Indian journal of veterinary science and animal husbandry - Volume 7,
Year: 1937
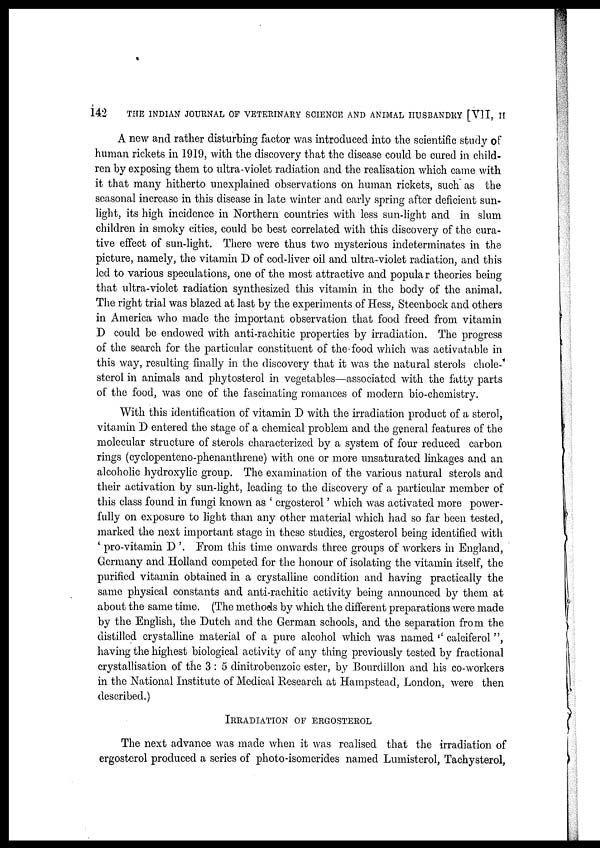
142 THE INDIAN JOURNAL OF VETERINARY SCIENCE AND ANIMAL HUSBANDRY [VII, II
A new and rather disturbing factor was introduced into the scientific study of
human rickets in 1919, with the discovery that the disease could be cured in child-
ren by exposing them to ultra-violet radiation and the realisation which came with
it that many hitherto unexplained observations on human rickets, such as the
seasonal increase in this disease in late winter and early spring after deficient sun-
light, its high incidence in Northern countries with less sun-light and in slum
children in smoky cities, could be best correlated with this discovery of the cura-
tive effect of sun-light. There were thus two mysterious indeterminates in the
picture, namely, the vitamin D of cod-liver oil and ultra-violet radiation, and this
led to various speculations, one of the most attractive and popular theories being
that ultra-violet radiation synthesized this vitamin in the body of the animal.
The right trial was blazed at last by the experiments of Hess, Steenbock and others
in America who made the important observation that food freed from vitamin
D could be endowed with anti-rachitic properties by irradiation. The progress
of the search for the particular constituent of the food which was activatable in
this way, resulting finally in the discovery that it was the natural sterols chole-
sterol in animals and phytosterol in vegetables—associated with the fatty parts
of the food, was one of the fascinating romances of modern bio-chemistry.
With this identification of vitamin D with the irradiation product of a sterol,
vitamin D entered the stage of a chemical problem and the general features of the
molecular structure of sterols characterized by a system of four reduced carbon
rings (cyclopenteno-phenanthrene) with one or more unsaturated linkages and an
alcoholic hydroxylic group. The examination of the various natural sterols and
their activation by sun-light, leading to the discovery of a particular member of
this class found in fungi known as ' ergosterol' which was activated more power-
fully on exposure to light than any other material which had so far been tested,
marked the next important stage in these studies, ergosterol being identified with
' pro-vitamin D '. From this time onwards three groups of workers in England,
Germany and Holland competed for the honour of isolating the vitamin itself, the
purified vitamin obtained in a crystalline condition and having practically the
same physical constants and anti-rachitic activity being announced by them at
about the same time. (The methods by which the different preparations were made
by the English, the Dutch and the German schools, and the separation from the
distilled crystalline material of a pure alcohol which was named " calciferol ",
having the highest biological activity of any thing previously tested by fractional
crystallisation of the 3 : 5 dinitrobenzoic ester, by Bourdillon and his co-workers
in the National Institute of Medical Research at Hampstead, London, were then
described.)
IRRADIATION OF ERGOSTEROL
The next advance was made when it was realised that the irradiation of
ergosterol produced a series of photo-isomerides named Lumisterol, Tachysterol,